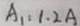
A _ { 1 } : 1 . 2 A